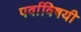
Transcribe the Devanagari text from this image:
पर्वाविषयी